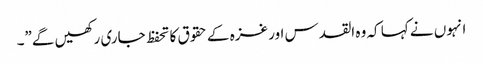
انہوں نے کہا کہ وہ القدس اور غزہ کے حقوق کا تحفظ جاری رکھیں گے”۔